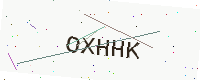
Text: OXHHK